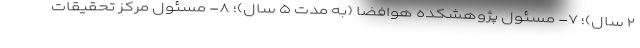
۲ سال)؛ ۷- مسئول پژوهشکده هوافضا (به مدت ۵ سال)؛ ۸- مسئول مرکز تحقیقات